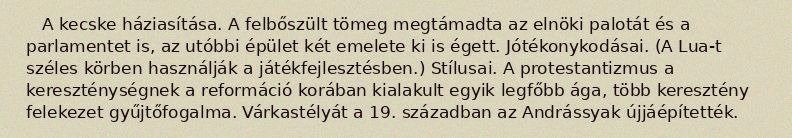
A kecske háziasítása. A felbőszült tömeg megtámadta az elnöki palotát és a parlamentet is, az utóbbi épület két emelete ki is égett. Jótékonykodásai. (A Lua-t széles körben használják a játékfejlesztésben.) Stílusai. A protestantizmus a kereszténységnek a reformáció korában kialakult egyik legfőbb ága, több keresztény felekezet gyűjtőfogalma. Várkastélyát a 19. században az Andrássyak újjáépítették.